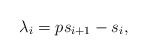
\begin{align*}\lambda_{i} = ps_{i+1} - s_{i},\end{align*}